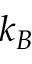
k _ { B }